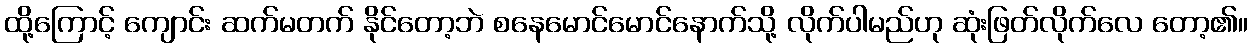
ထို့ကြောင့် ကျောင်း ဆက်မတက် နိုင်တော့ဘဲ စနေမောင်မောင်နောက်သို့ လိုက်ပါမည်ဟု ဆုံးဖြတ်လိုက်လေ တော့၏။